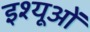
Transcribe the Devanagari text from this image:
इश्यूओं